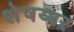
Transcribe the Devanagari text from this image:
शेषय्यर